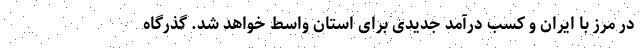
در مرز با ایران و کسب درآمد جدیدی برای استان واسط خواهد شد. گذرگاه